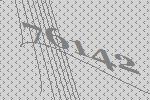
76142